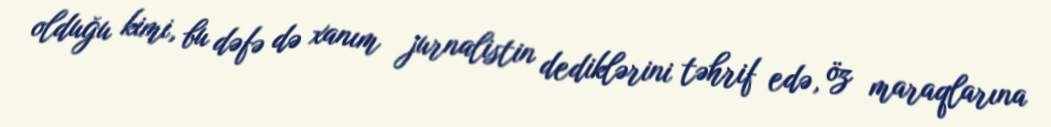
olduğu kimi, bu dəfə də xanım jurnalistin dediklərini təhrif edə, öz maraqlarına